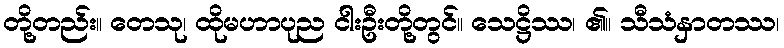
တို့တည်း။ တေသု၊ ထိုမဟာပုည ငါးဦးတို့တွင်။ သေဋ္ဌိဿ၊ ၏။ သီသံနှာတဿ၊